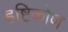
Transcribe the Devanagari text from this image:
हष्टिकोण